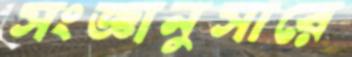
সংজ্ঞানুসারে